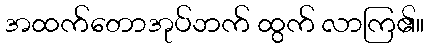
အထက်တောအုပ်ဘက် ထွက် လာကြ၏။